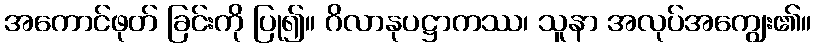
အကောင်ဖုတ် ခြင်းကို ပြု၍။ ဂိလာနုပဋ္ဌာကဿ၊ သူနာ အလုပ်အကျွေး၏။